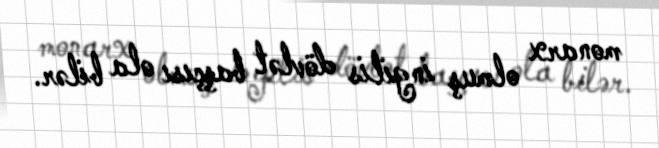
monarx olmuş ingilis dövlət başçısı ola bilər.